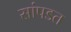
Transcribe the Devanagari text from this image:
सांपडत